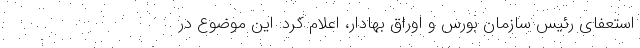
استعفای رئیس سازمان بورس و اوراق بهادار، اعلام کرد: این‌ موضوع در